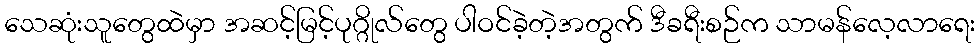
သေဆုံးသူတွေထဲမှာ အဆင့်မြင့်ပုဂ္ဂိုလ်တွေ ပါဝင်ခဲ့တဲ့အတွက် ဒီခရီးစဉ်က သာမန်လေ့လာရေး